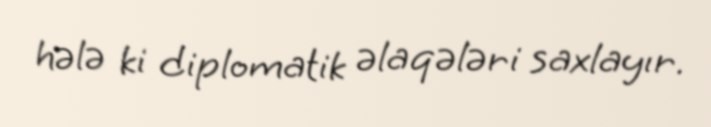
hələ ki diplomatik əlaqələri saxlayır.